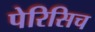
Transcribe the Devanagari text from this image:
पेरिसिच